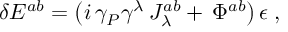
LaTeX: \delta E ^ { a b } = \left( i \, \gamma _ { P } \gamma ^ { \lambda } \, J _ { \lambda } ^ { a b } + \, \Phi ^ { a b } \right) \epsilon \; ,